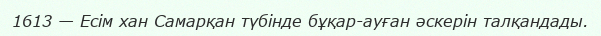
1613 — Есім хан Самарқан түбінде бұқар-ауған әскерін талқандады.